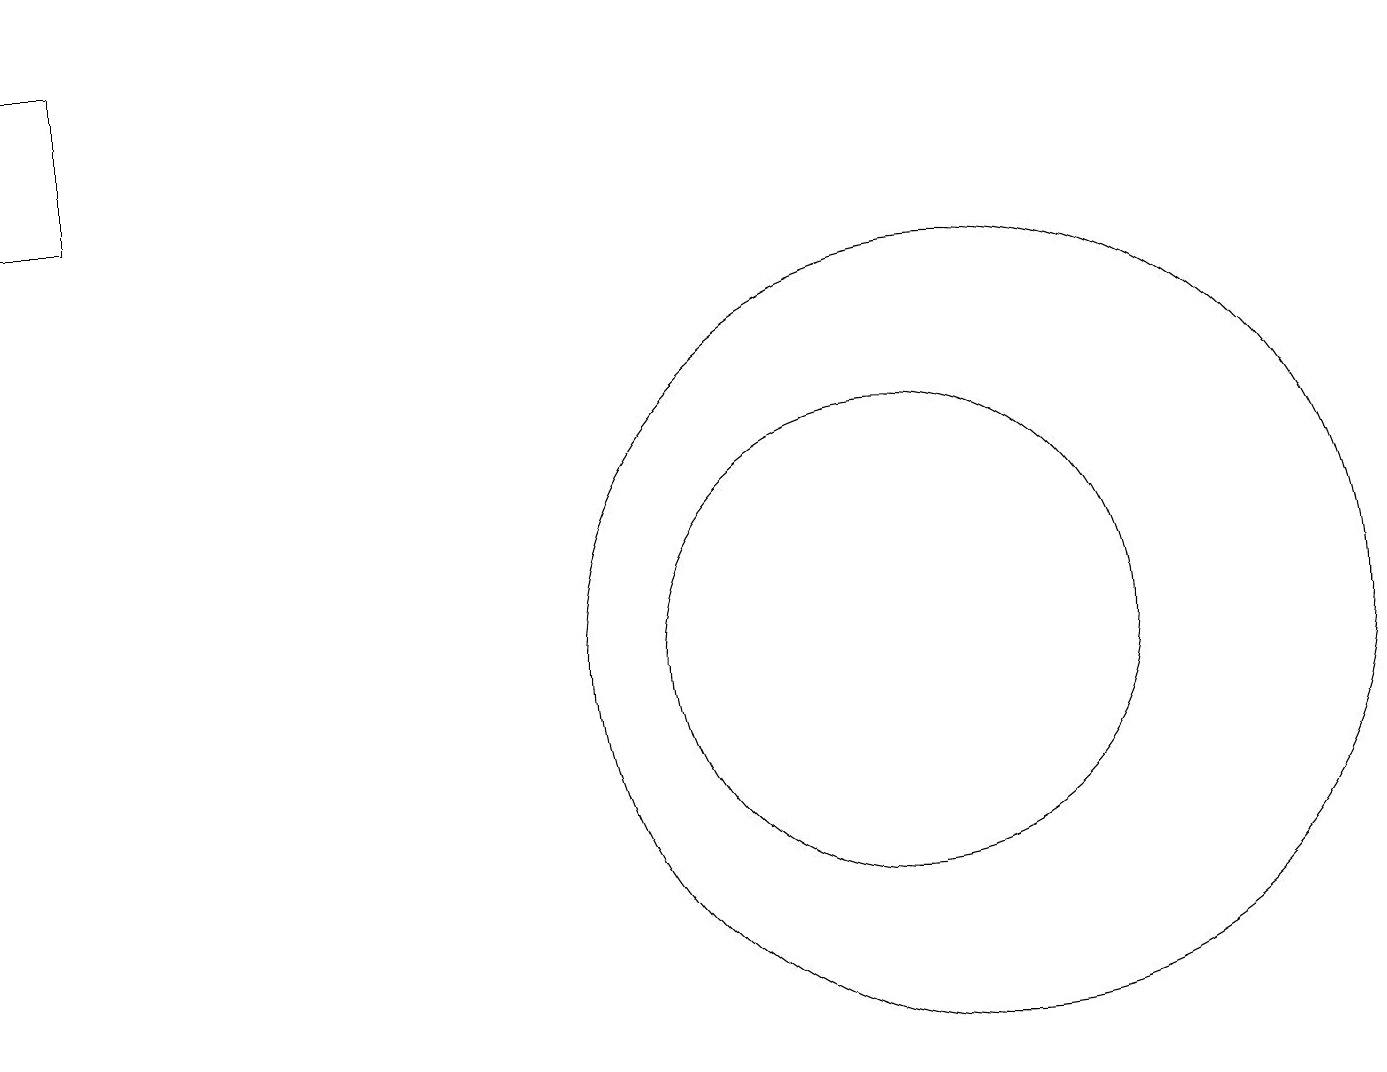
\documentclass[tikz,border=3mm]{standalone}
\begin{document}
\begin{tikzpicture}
\draw (1,16) rectangle (0,18);
\draw (12,10) circle (5);
\draw (11,10) circle (3);
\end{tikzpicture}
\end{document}